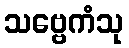
သဗ္ဗေကံသု